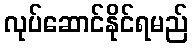
လုပ်ဆောင်နိုင်ရမည်